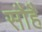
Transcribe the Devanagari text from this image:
सौहै